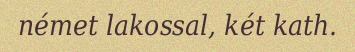
német lakossal, két kath.